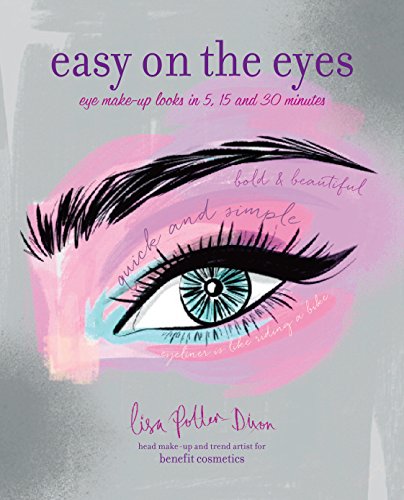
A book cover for Easy on the Eyes: Make-up Looks in 5, 15 and 30 Minutes; Lisa Potter-Dixon; Health, Fitness & Dieting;